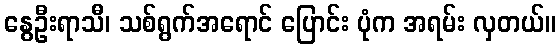
နွေဦးရာသီ၊ သစ်ရွက်အရောင် ပြောင်း ပုံက အရမ်း လှတယ်။